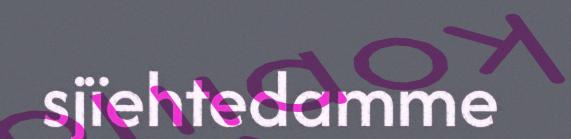
sjïehtedamme